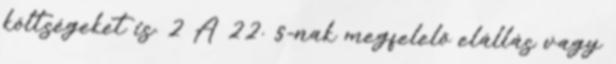
költségeket is. 2 A 22. §-nak megfelelő elállás vagy